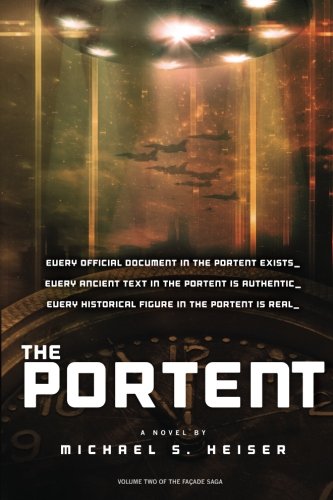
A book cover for The Portent (The FaÃ§ade Saga) (Volume 2); Michael S. Heiser; Science Fiction & Fantasy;